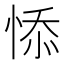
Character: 悿